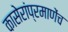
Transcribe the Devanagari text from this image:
कासेरांप्रमाणेंच